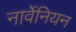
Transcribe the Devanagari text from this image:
नार्वेनियन